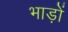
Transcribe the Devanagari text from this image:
भाड़ों